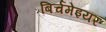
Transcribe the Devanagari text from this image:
बिर्चमेइयर